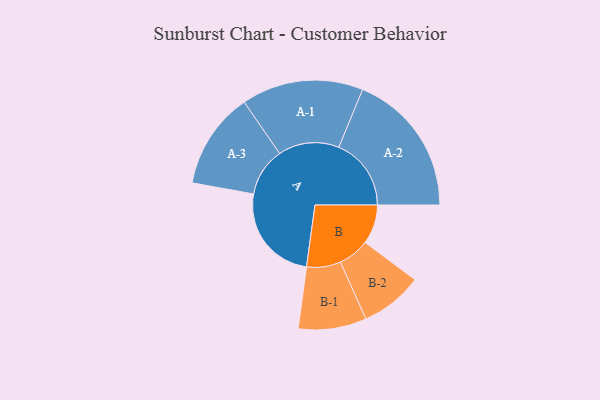
{"axis": {"x": "Segment", "y": "Value"}, "legend": ["", "A", "B"], "data": [{"x": "A", "y": 380, "type": ""}, {"x": "B", "y": 151, "type": ""}, {"x": "A-1", "y": 234, "type": "A"}, {"x": "A-2", "y": 278, "type": "A"}, {"x": "A-3", "y": 186, "type": "A"}, {"x": "B-1", "y": 131, "type": "B"}, {"x": "B-2", "y": 120, "type": "B"}]}